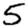
Digit: 5